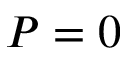
P = 0